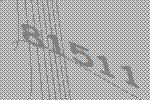
81511